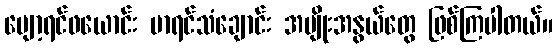
ပျော့ရင်ဖယောင်း မာရင်သံချောင်း အမျိုးအနွယ်တွေ ဖြစ်ကြပါတယ်။